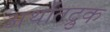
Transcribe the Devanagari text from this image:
अर्थातद्रुक